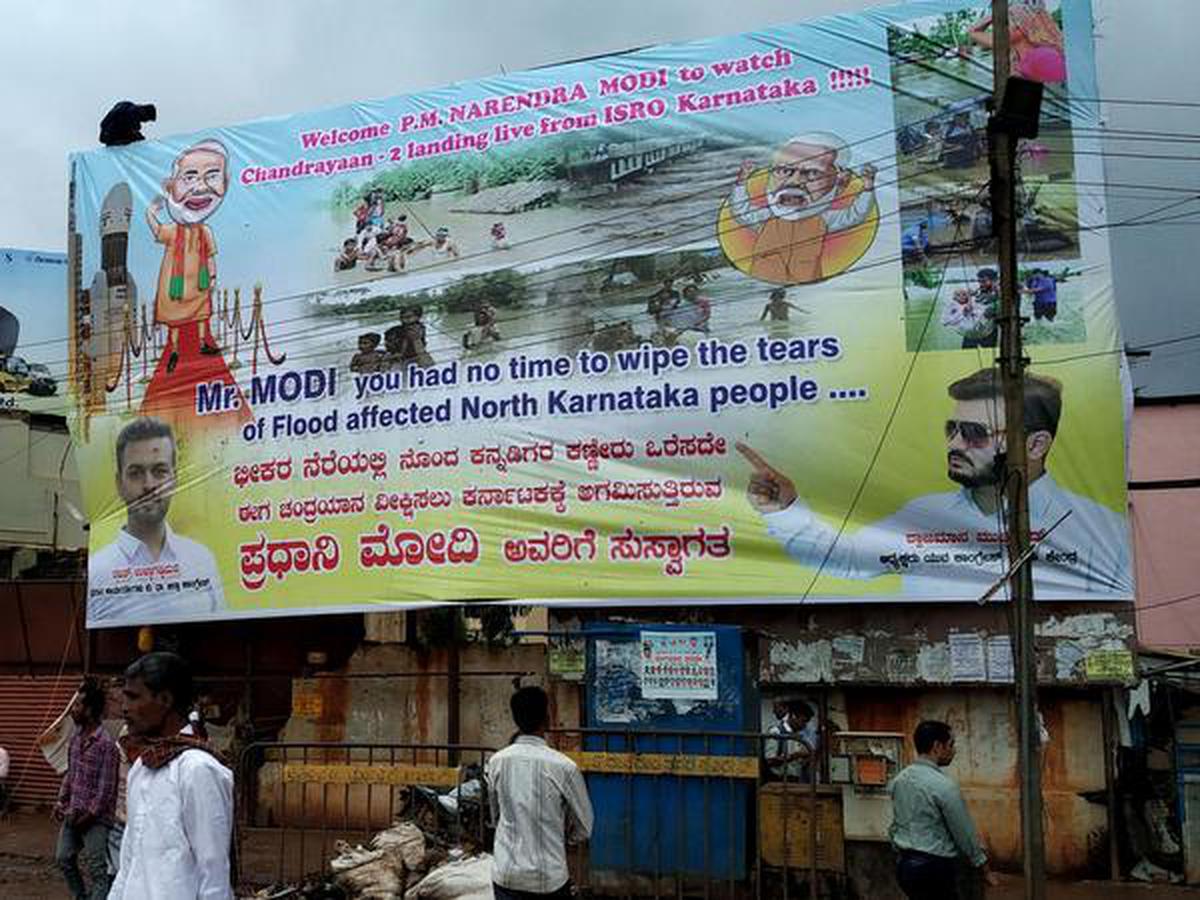
Language: kannada
Transcription: ಕಣ್ಣೀರು ಪ್ರಧಾನಿ ನೆರೆಯಲ್ಲಿ ನೊಂದ ಕನ್ನಡಿಗರ ಒರೆಸದೇ ಚಂದ್ರಯಾನ ವೀಕ್ಷಿಸಲು ಕರ್ನಾಟಕಕ್ಕೆ ಮೋದಿ ಅವರಿಗೆ ಸುಸ್ವಾಗತ ಈಗ ಭೀಕರ ಅಗಮಿಸುತ್ತಿರುವ